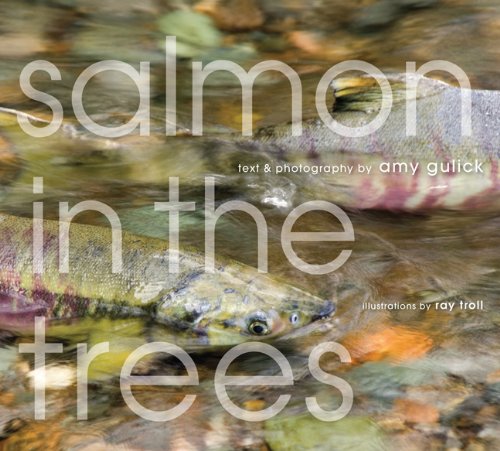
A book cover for Salmon in the Trees: Life in Alaska's Tongass Rain Forest; Science & Math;